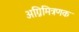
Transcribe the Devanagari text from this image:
अग्निमित्रणक